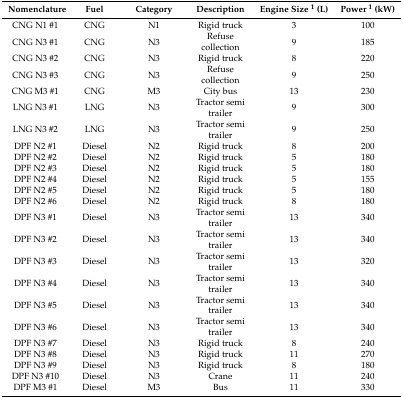
<table><thead><tr><td><b>Nomenclature</b></td><td><b>Fuel</b></td><td><b>Category</b></td><td><b>Description</b></td><td><b>Engine Size <sup>1</sup> (L)</b></td><td><b>Power <sup>1</sup> (kW)</b></td></tr></thead><tbody><tr><td>CNG N1 #1</td><td>CNG</td><td>N1</td><td>Rigid truck</td><td>3</td><td>100</td></tr><tr><td>CNG N3 #1</td><td>CNG</td><td>N3</td><td>Refuse collection</td><td>9</td><td>185</td></tr><tr><td>CNG N3 #2</td><td>CNG</td><td>N3</td><td>Rigid truck</td><td>8</td><td>220</td></tr><tr><td>CNG N3 #3</td><td>CNG</td><td>N3</td><td>Refuse collection</td><td>9</td><td>250</td></tr><tr><td>CNG M3 #1</td><td>CNG</td><td>M3</td><td>City bus</td><td>13</td><td>230</td></tr><tr><td>LNG N3 #1</td><td>LNG</td><td>N3</td><td>Tractor semi trailer</td><td>9</td><td>300</td></tr><tr><td>LNG N3 #2</td><td>LNG</td><td>N3</td><td>Tractor semi trailer</td><td>9</td><td>250</td></tr><tr><td>DPF N2 #1</td><td>Diesel</td><td>N2</td><td>Rigid truck</td><td>8</td><td>200</td></tr><tr><td>DPF N2 #2</td><td>Diesel</td><td>N2</td><td>Rigid truck</td><td>5</td><td>180</td></tr><tr><td>DPF N2 #3</td><td>Diesel</td><td>N2</td><td>Rigid truck</td><td>5</td><td>180</td></tr><tr><td>DPF N2 #4</td><td>Diesel</td><td>N2</td><td>Rigid truck</td><td>5</td><td>155</td></tr><tr><td>DPF N2 #5</td><td>Diesel</td><td>N2</td><td>Rigid truck</td><td>5</td><td>180</td></tr><tr><td>DPF N2 #6</td><td>Diesel</td><td>N2</td><td>Rigid truck</td><td>8</td><td>180</td></tr><tr><td>DPF N3 #1</td><td>Diesel</td><td>N3</td><td>Tractor semi trailer</td><td>13</td><td>340</td></tr><tr><td>DPF N3 #2</td><td>Diesel</td><td>N3</td><td>Tractor semi trailer</td><td>13</td><td>340</td></tr><tr><td>DPF N3 #3</td><td>Diesel</td><td>N3</td><td>Tractor semi trailer</td><td>13</td><td>320</td></tr><tr><td>DPF N3 #4</td><td>Diesel</td><td>N3</td><td>Tractor semi trailer</td><td>13</td><td>340</td></tr><tr><td>DPF N3 #5</td><td>Diesel</td><td>N3</td><td>Tractor semi trailer</td><td>13</td><td>340</td></tr><tr><td>DPF N3 #6</td><td>Diesel</td><td>N3</td><td>Tractor semi trailer</td><td>13</td><td>340</td></tr><tr><td>DPF N3 #7</td><td>Diesel</td><td>N3</td><td>Rigid truck</td><td>8</td><td>240</td></tr><tr><td>DPF N3 #8</td><td>Diesel</td><td>N3</td><td>Rigid truck</td><td>11</td><td>270</td></tr><tr><td>DPF N3 #9</td><td>Diesel</td><td>N3</td><td>Rigid truck</td><td>8</td><td>180</td></tr><tr><td>DPF N3 #10</td><td>Diesel</td><td>N3</td><td>Crane</td><td>11</td><td>240</td></tr><tr><td>DPF M3 #1</td><td>Diesel</td><td>M3</td><td>Bus</td><td>11</td><td>330</td></tr></tbody></table>